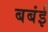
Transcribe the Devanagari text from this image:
बबंई